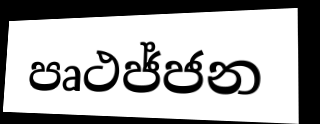
පෘථජ්ජන